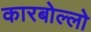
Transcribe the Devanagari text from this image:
कारबोल्लो